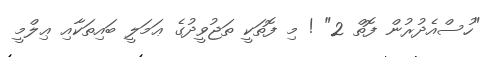
"ހުސްއެދުރުން ފޮތް 2" ! މި ފޮތަކީ ތަޖުވީދުގެ ޢަމަލީ ބައިތަކާއި ޢިލްމީ